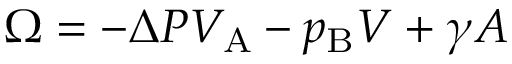
\Omega = - \Delta P V _ { \mathrm { { A } } } - p _ { \mathrm { { B } } } V + \gamma A